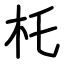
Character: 杔